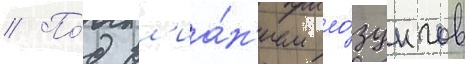
// По́д вл'иа́н'ием ло́зунгов